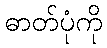
ဓာတ်ပုံကို